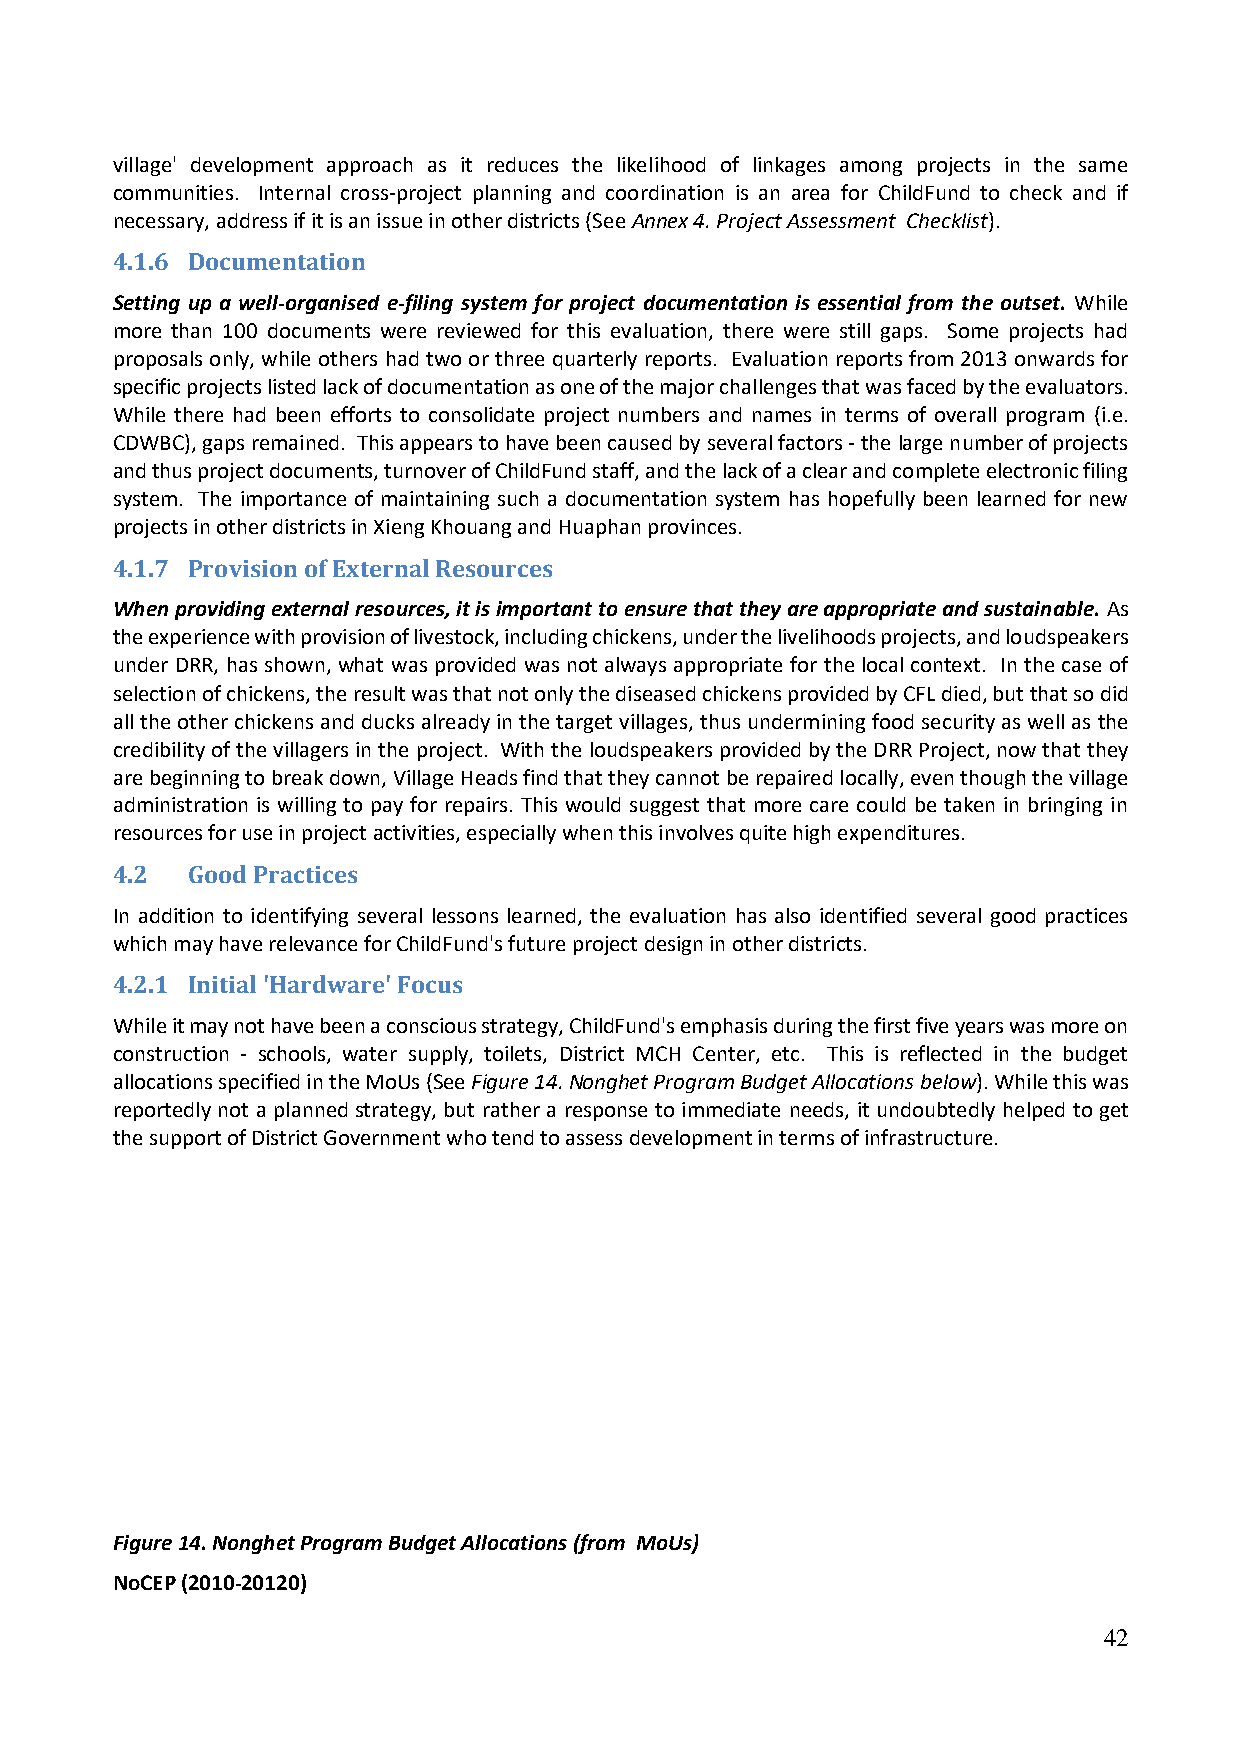
village' development approach as it reduces the likelihood of linkages among projects in the same
 communities. Internal cross-project planning and coordination is an area for ChildFund to check and if
 necessary, address if it is an issue in other districts (See Annex 4. Project Assessment Checklist).
 4.1.6 Documentation
 Setting up a well-organised e-filing system for project documentation is essential from the outset. While
 more than 100 documents were reviewed for this evaluation, there were still gaps. Some projects had
 proposals only, while others had two or three quarterly reports. Evaluation reports from 2013 onwards for
 specific projects listed lack of documentation as one of the major challenges that was faced by the evaluators.
 While there had been efforts to consolidate project numbers and names in terms of overall program (i.e.
 CDWBC), gaps remained. This appears to have been caused by several factors - the large number of projects
 and thus project documents, turnover of ChildFund staff, and the lack of a clear and complete electronic filing
 system. The importance of maintaining such a documentation system has hopefully been learned for new
 projects in other districts in Xieng Khouang and Huaphan provinces.
 4.1.7 Provision of External Resources
 When providing external resources, it is important to ensure that they are appropriate and sustainable. As
 the experience with provision of livestock, including chickens, under the livelihoods projects, and loudspeakers
 under DRR, has shown, what was provided was not always appropriate for the local context. In the case of
 selection of chickens, the result was that not only the diseased chickens provided by CFL died, but that so did
 all the other chickens and ducks already in the target villages, thus undermining food security as well as the
 credibility of the villagers in the project. With the loudspeakers provided by the DRR Project, now that they
 are beginning to break down, Village Heads find that they cannot be repaired locally, even though the village
 administration is willing to pay for repairs. This would suggest that more care could be taken in bringing in
 resources for use in project activities, especially when this involves quite high expenditures.
 4.2  Good Practices
 In addition to identifying several lessons learned, the evaluation has also identified several good practices
 which may have relevance for ChildFund's future project design in other districts.
 4.2.1 Initial 'Hardware' Focus
 While it may not have been a conscious strategy, ChildFund's emphasis during the first five years was more on
 construction - schools, water supply, toilets, District MCH Center, etc. This is reflected in the budget
 allocations specified in the MoUs (See Figure 14. Nonghet Program Budget Allocations below). While this was
 reportedly not a planned strategy, but rather a response to immediate needs, it undoubtedly helped to get
 the support of District Government who tend to assess development in terms of infrastructure.
 Figure 14. Nonghet Program Budget Allocations (from MoUs)
 NoCEP (2010-20120)
 42